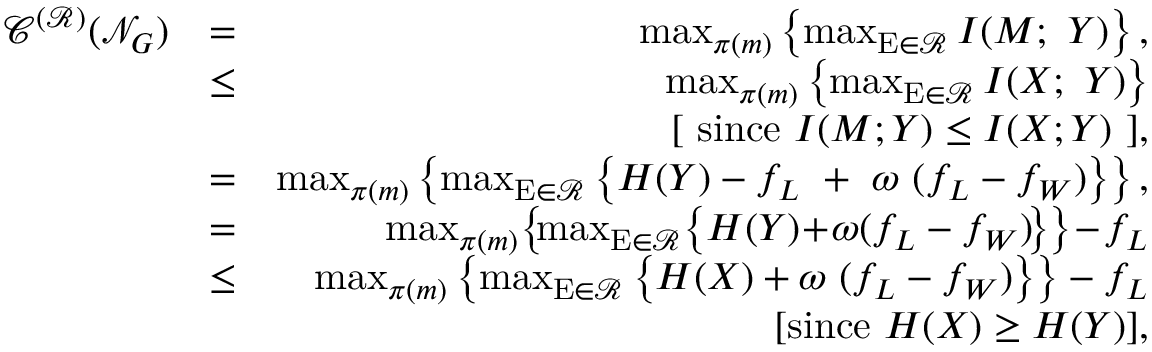
\begin{array} { r l r } { \mathscr { C } ^ { ( \mathcal { R } ) } ( \mathcal { N } _ { G } ) } & { = } & { \operatorname* { m a x } _ { \pi ( m ) } \left\{ \operatorname* { m a x } _ { \mathrm { E } \in \mathcal { R } } I ( M ; ~ Y ) \right\} , } \\ & { \leq } & { \operatorname* { m a x } _ { \pi ( m ) } \left\{ \operatorname* { m a x } _ { \mathrm { E } \in \mathcal { R } } I ( X ; ~ Y ) \right\} } \\ & { ~ } & { [ ~ \mathrm { s i n c e } ~ I ( M ; Y ) \leq I ( X ; Y ) ~ ] , } \\ & { = } & { \operatorname* { m a x } _ { \pi ( m ) } \left\{ \operatorname* { m a x } _ { \mathrm { E } \in \mathcal { R } } \left\{ H ( Y ) - f _ { L } ~ + ~ \omega ~ ( f _ { L } - f _ { W } ) \right\} \right\} , } \\ & { = } & { \operatorname* { m a x } _ { \pi ( m ) } \! \left\{ \! \operatorname* { m a x } _ { \mathrm { E } \in \mathcal { R } } \! \left\{ H ( Y ) \! + \! \omega ( f _ { L } - f _ { W } ) \! \right\} \right\} \! - \! f _ { L } } \\ & { \leq } & { \operatorname* { m a x } _ { \pi ( m ) } \left\{ \operatorname* { m a x } _ { \mathrm { E } \in \mathcal { R } } \left\{ H ( X ) + \omega ~ ( f _ { L } - f _ { W } ) \right\} \right\} - f _ { L } } \\ & { ~ } & { [ \mathrm { s i n c e } ~ H ( X ) \geq H ( Y ) ] , } \end{array}